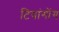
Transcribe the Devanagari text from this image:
टियांगोंग